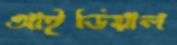
আইডিয়াল